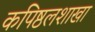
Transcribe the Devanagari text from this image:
कपिष्ठलशाखा